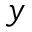
y